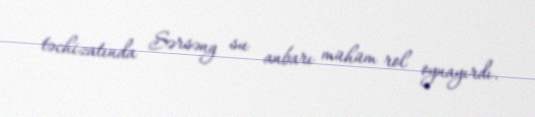
təchizatında Sərsəng su anbarı mühüm rol oynayırdı.